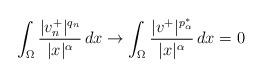
LaTeX: \begin{align*}\int_\Omega \frac{|v_n^+|^{q_n}}{|x|^\alpha}\, dx\to \int_\Omega \frac{|v^+|^{p^*_\alpha}}{|x|^\alpha}\, dx=0\end{align*}